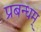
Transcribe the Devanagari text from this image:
प्रबन्धम्